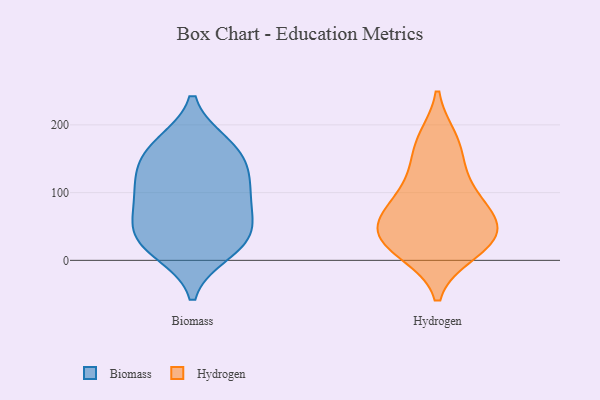
{"axis": {"x": "Revenue (USD Million)", "y": "Value"}, "legend": ["Biomass", "Hydrogen"], "data": [{"x": "", "y": 157, "type": "Biomass"}, {"x": "", "y": 79, "type": "Biomass"}, {"x": "", "y": 32, "type": "Biomass"}, {"x": "", "y": 31, "type": "Biomass"}, {"x": "", "y": 104, "type": "Biomass"}, {"x": "", "y": 170, "type": "Biomass"}, {"x": "", "y": 110, "type": "Biomass"}, {"x": "", "y": 14, "type": "Biomass"}, {"x": "", "y": 34, "type": "Biomass"}, {"x": "", "y": 163, "type": "Biomass"}, {"x": "", "y": 67, "type": "Biomass"}, {"x": "", "y": 127, "type": "Biomass"}, {"x": "", "y": 101, "type": "Hydrogen"}, {"x": "", "y": 73, "type": "Hydrogen"}, {"x": "", "y": 169, "type": "Hydrogen"}, {"x": "", "y": 45, "type": "Hydrogen"}, {"x": "", "y": 13, "type": "Hydrogen"}, {"x": "", "y": 41, "type": "Hydrogen"}, {"x": "", "y": 77, "type": "Hydrogen"}, {"x": "", "y": 126, "type": "Hydrogen"}, {"x": "", "y": 177, "type": "Hydrogen"}, {"x": "", "y": 19, "type": "Hydrogen"}, {"x": "", "y": 50, "type": "Hydrogen"}, {"x": "", "y": 27, "type": "Hydrogen"}]}